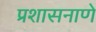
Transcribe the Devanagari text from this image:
प्रशासनाणे